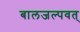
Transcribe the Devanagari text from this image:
बालजल्पवत्